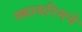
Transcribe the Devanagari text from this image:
स्कायरिमचे